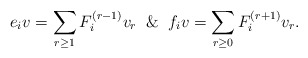
\begin{align*} e_i v = \sum_{r\ge1}F_i^{(r-1)}v_r\And f_i v = \sum_{r\ge0}F_i^{(r+1)}v_r. \end{align*}